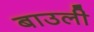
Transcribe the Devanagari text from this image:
बाउली